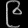
Digit: ၉